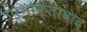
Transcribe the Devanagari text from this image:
उप्भोक्तावाद